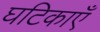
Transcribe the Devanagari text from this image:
घटिकाएँ